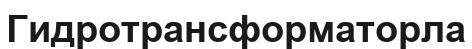
Гидротрансформаторла